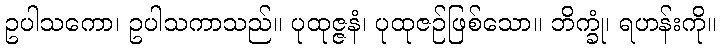
ဥပါသကော၊ ဥပါသကာသည်။ ပုထုဇ္ဇနံ၊ ပုထုဇဉ်ဖြစ်သော။ ဘိက္ခုံ၊ ရဟန်းကို။